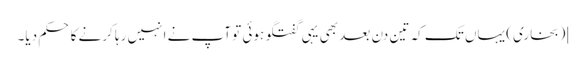
] (بخاری) یہاں تک کہ تین دن بعد بھی یہی گفتگو ہوئی تو آپ نے انہیں رہا کرنے کا حکم دیا۔